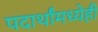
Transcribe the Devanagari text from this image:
पदार्थांमध्येही